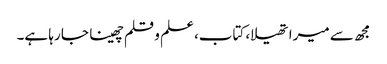
مجھ سے میرا تھیلا، کتاب، علم و قلم چھینا جا رہا ہے۔